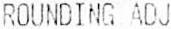
ROUNDING ADJ